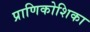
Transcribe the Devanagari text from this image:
प्राणिकोशिका